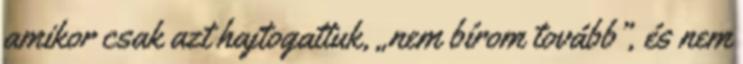
amikor csak azt hajtogattuk, „nem bírom tovább”, és nem